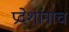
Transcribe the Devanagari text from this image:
प्रदेशांनाच